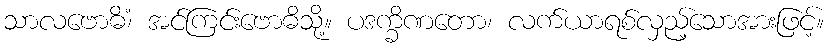
သာလဗောဓိံ၊ အင်ကြင်းဗောဓိသို့။ ပဒက္ခိဏတော၊ လက်ယာရစ်လှည့်သောအားဖြင့်။